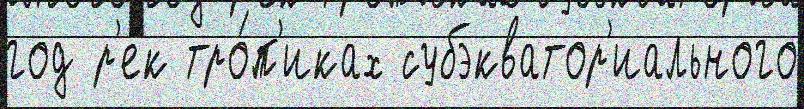
год р'ек тро́п'иках субэкватор'иального